Report on certain features of malaria in the island of Salsette
Disease focus: Malaria
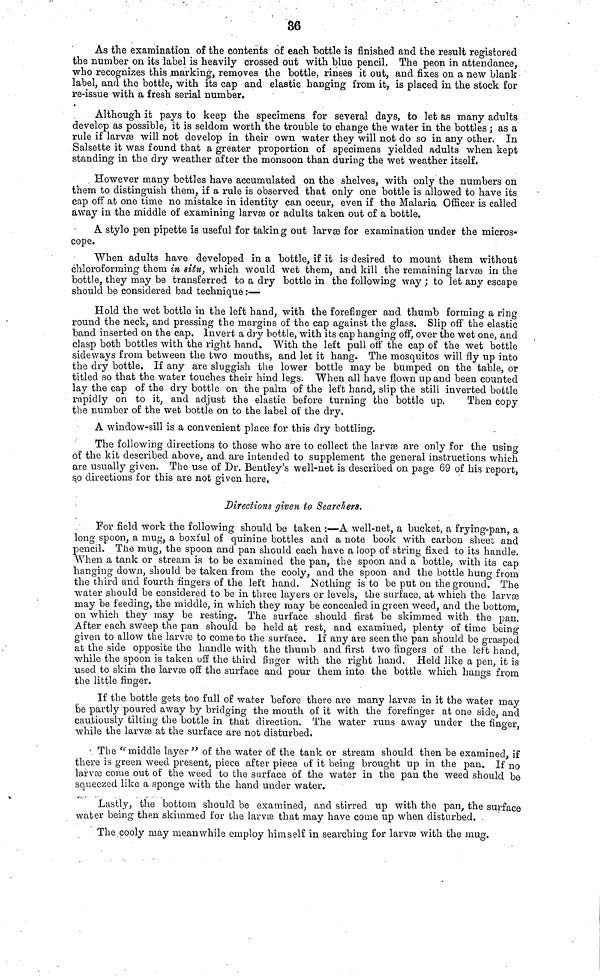
86
As the examination of the contents of each bottle is finished and the result registered
the number on its label is heavily crossed out with blue pencil. The peon in attendance,
who recognizes this marking, removes the bottle, rinses it out, and fixes on a new blank
label, and the bottle, with its cap and elastic hanging from it, is placed in the stock for
re-issue with a fresh serial number.
Although it pays to keep the specimens for several days, to let as many adults
develop as possible, it is seldom worth the trouble to change the water in the bottles ; as a
rule if larvæ will not develop in their own water they will not do so in any other. In
Salsette it was found that a greater proportion of specimens yielded adults when kept
standing in the dry weather after the monsoon than during the wet weather itself.
However many bottles have accumulated on the shelves, with only the numbers on
them to distinguish them, if a rule is observed that only one bottle is allowed to have its
cap off at one time no mistake in identity can occur, even if the Malaria Officer is called
away in the middle of examining larvæ or adults taken out of a bottle,
A stylo pen pipette is useful for taking out larvæ for examination under the micros-
cope.
When adults have developed in a bottle, if it is desired to mount them without
chloroforming them in situ, which would wet them, and kill the remaining larvæ in the
bottle, they may be transferred to a dry bottle in the following way ; to let any escape
should be considered bad technique :—
Hold the wet bottle in the left hand, with the forefinger and thumb forming a ring
round the neck, and pressing the margins of the cap against the glass. Slip off the elastic
band inserted on the cap. Invert a dry bottle, with its cap hanging off, over the wet one, and
clasp both bottles with the right hand. With the left pull off the cap of the wet bottle
sideways from between the two mouths, and let it hang. The mosquitos will fly up into
the dry bottle. If any are sluggish the lower bottle may be bumped on the table, or
titled so that the water touches their hind legs. When all have flown up and been counted
lay the cap of the dry bottle on the palm of the left hand, slip the still inverted bottle
rapidly on to it, and adjust the elastic before turning the bottle up.
Then copy
the number of the wet bottle on to the label of the dry.
A window-sill is a convenient place for this dry bottling.
The following directions to those who are to collect the larvse are only for the using
of the kit described above, and are intended to supplement the general instructions which
are usually given. The use of Dr. Bentley's well-net is described on page 69 of his report,
so directions for this are not given here,
Directions given to Searchers.
For field work the following should be taken :—A well-net, a bucket, a frying-pan, a
long spoon, a mug, a boxful of quinine bottles and a note book with carbon sheet and
pencil. The mug, the spoon and pan should each have a loop of string fixed to its handle.
When a tank or stream is to be examined the pan, the spoon and a bottle, with its cap
hanging down, should be taken from the cooly, and the spoon and the bottle hung from
the third and fourth fingers of the left hand. Nothing is to be put on the ground. The
water should be considered to be in three layers or levels, the surface, at which the larvœ
may be feeding, the middle, in which they may be concealed in green weed, and the bottom,
on which they may be resting. The surface should first be skimmed with the pan.
After each sweep the pan should be held at rest, and examined, plenty of time being
given to allow the larvae to cometo the surface. If any are seen the pan should be grasped
at the side opposite the handle with the thumb and first two fingers of the left hand,
while the spoon is taken off the third finger with the right hand. Held like a pen, it is
used to skim the larvae off the surface and pour them into the bottle which hangs from
the little finger.
If the bottle gets too full of water before there are many larvæ in it the Water may
be partly poured away by bridging the mouth of it with the forefinger at one side, and
cautiously tilting the bottle in that direction. The water runs away under the finger,
while the larvœ at the surface are not disturbed.
The "middle layer " of the water of the tank or stream should then be examined, if
there is green weed present, piece after piece of it being brought up in the pan. If no
larvœ come .out of the weed to the surface of the water in the pan the weed should be
squeezed like a sponge with the hand under water.
Lastly, the bottom should be examined, and stirred up with the pan, the surface
water being then skimmed for the larvse that may have come up when disturbed. .
The cooly may meanwhile employ himself in searching for larvæ with the mug.